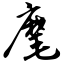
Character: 麾